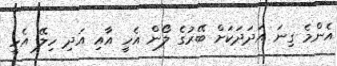
އެންމެ ގިނަ އަދަދަކަށް ބޭރުގެ ލޯން އެހީ އާއި އަދި ހިލޭ އެހީ